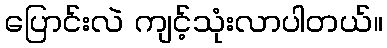
ပြောင်းလဲ ကျင့်သုံးလာပါတယ်။